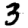
Digit: 3